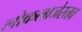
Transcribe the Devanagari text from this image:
लोकलाजेस्तव